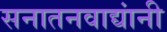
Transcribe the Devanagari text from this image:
सनातनवाद्यांनी